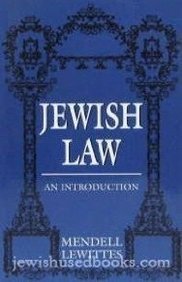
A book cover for Jewish Law: An Introduction; Mendell Lewittes; Religion & Spirituality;